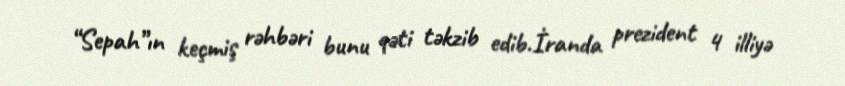
“Sepah”ın keçmiş rəhbəri bunu qəti təkzib edib.İranda prezident 4 illiyə